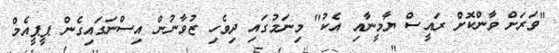
"ވަރަށް ވާންކޮށް ރައީސް ޔާމީނާއި އެކު" މިނަމުގައި ދިވެހި ޒުވާނުން އިސްނަގައިގެން ޕީޕީއެމް